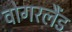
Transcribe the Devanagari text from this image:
वोगरलैंड